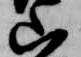
山